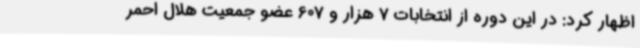
اظهار کرد: در این دوره از انتخابات 7 هزار و 607 عضو جمعیت هلال احمر